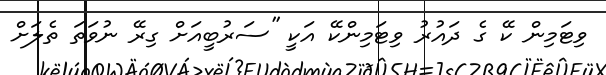
ވިޓަމިން ކޭ ގެ ދައުރު ވިޓަމިންކޭ އަކީ ''ސަރުބީއަށް ގިރޭ ނުވަތަ ތެލަށް